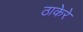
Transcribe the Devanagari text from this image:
ठाकेरे